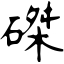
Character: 磔